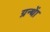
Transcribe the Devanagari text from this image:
ग्रन्थाें